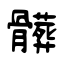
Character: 髒